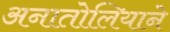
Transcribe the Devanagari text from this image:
अनातोलियाने